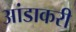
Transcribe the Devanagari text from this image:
आंडाकरी